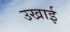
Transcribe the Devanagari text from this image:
उखाई